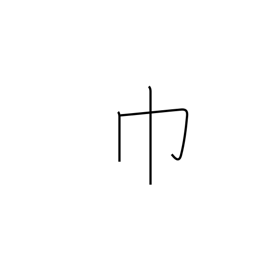
Meaning: towel